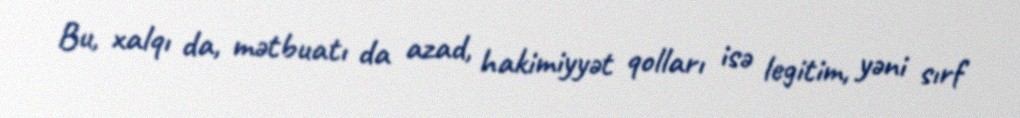
Bu, xalqı da, mətbuatı da azad, hakimiyyət qolları isə legitim, yəni sırf